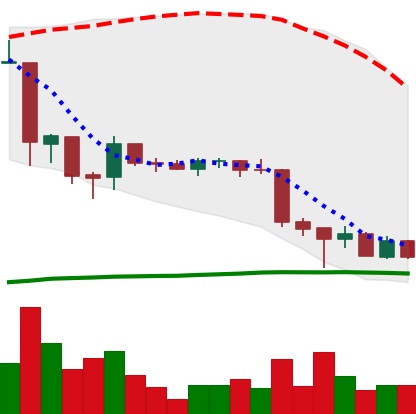
Ticker: EOS-USD
Chart end date: 2018-06-28
Forward return: 18.637%
Label: up_7plus